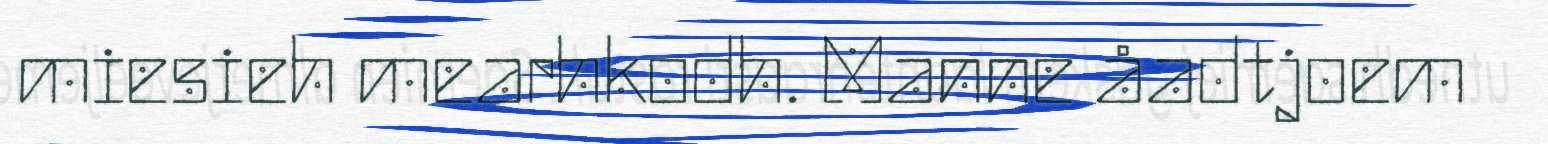
miesieh mearhkodh. Manne åadtjoem